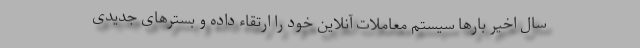
سال اخیر بارها سیستم معاملات آنلاین خود را ارتقاء داده و بسترهای جدیدی